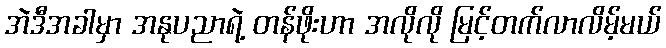
အဲဒီအခါမှာ အနုပညာရဲ့ တန်ဖိုးဟာ အလိုလို မြင့်တက်လာလိမ့်မယ်